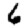
Digit: 6